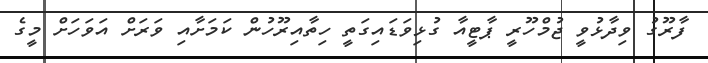
ފާރޫގު ވިދާޅުވީ ޖުމްހޫރީ ޕާޓީއާ ގުޅިވަޑައިގަތީ ހިތާއިރޫހުން ކަމަށާއި ވަރަށް އަވަހަށް މީގެ